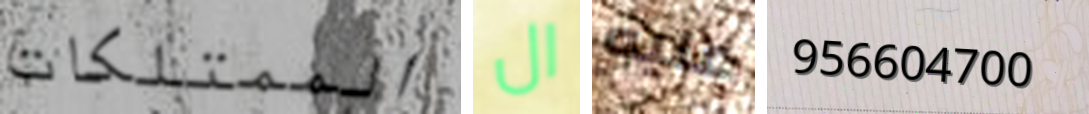
الممتلكات ال عليه 956604700